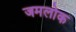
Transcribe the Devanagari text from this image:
जमलोक